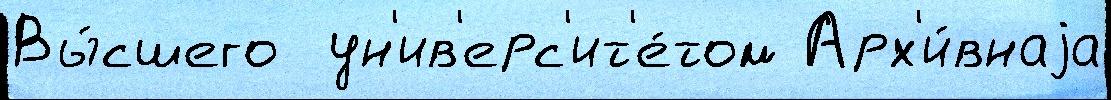
Вы́сшего  ун'ив'ерс'ит'е́том Арх'и́внаjа